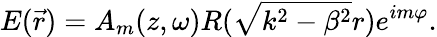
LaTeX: E(\vec{r})=A_{m}(z,\omega)R(\sqrt{k^{2}-\beta^{2}}r)e^{im\varphi}.